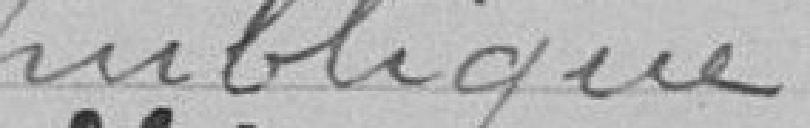
publique.